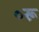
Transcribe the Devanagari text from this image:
०रू